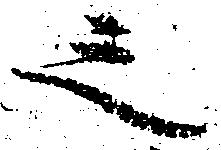
之